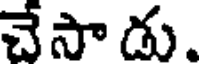
చేసా డు.